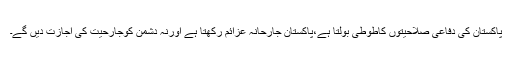
پاکستان کی دفاعی صلاحیتوں کاطوطی بولتا ہے،پاکستان جارحانہ عزائم رکھتا ہے اورنہ دشمن کوجارحیت کی اجازت دیں گے۔